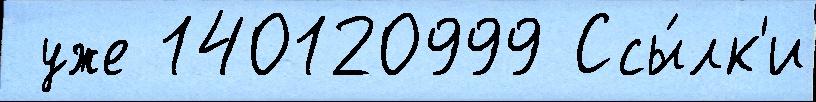
 уже 140120999 Ссы́лк'и